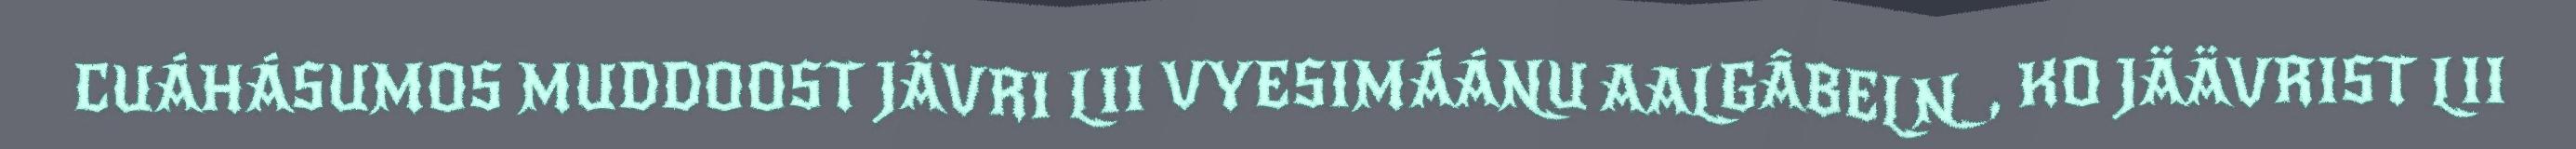
CUÁHÁSUMOS MUDDOOST JÄVRI LII VYESIMÁÁNU AALGÂBELN, KO JÄÄVRIST LII